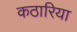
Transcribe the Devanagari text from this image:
कठारिया